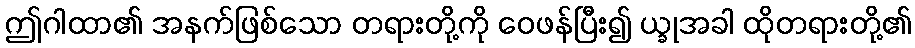
ဤဂါထာ၏ အနက်ဖြစ်သော တရားတို့ကို ဝေဖန်ပြီး၍ ယ္ခုအခါ ထိုတရားတို့၏